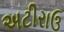
અટીરાઉ